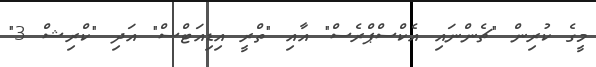
މީގެ ކުރިން "ޗެންނައި އެކްސްޕްރެސް" އާއި "ތްރީ އިޑިއަޓްސް" އަދި "ކްރިޝް 3"